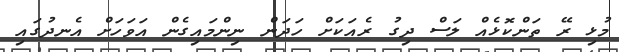
މުޅި ރޭ ތަންކޮޅެއް ލަސް ދިގު ރެއަކަށް ހަދަން ނިންމައިގެން އަވަހަށް އެނދުގައި